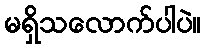
မရှိသလောက်ပါပဲ။